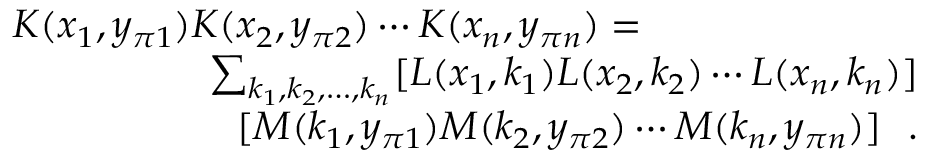
\begin{array} { r l r } { \lefteqn { K ( x _ { 1 } , y _ { \pi 1 } ) K ( x _ { 2 } , y _ { \pi 2 } ) \cdots K ( x _ { n } , y _ { \pi n } ) = } } \\ & { } & { \sum _ { k _ { 1 } , k _ { 2 } , \ldots , k _ { n } } [ L ( x _ { 1 } , k _ { 1 } ) L ( x _ { 2 } , k _ { 2 } ) \cdots L ( x _ { n } , k _ { n } ) ] } \\ & { } & { ~ ~ ~ ~ ~ ~ ~ ~ ~ ~ ~ [ M ( k _ { 1 } , y _ { \pi 1 } ) M ( k _ { 2 } , y _ { \pi 2 } ) \cdots M ( k _ { n } , y _ { \pi n } ) ] ~ ~ . } \end{array}